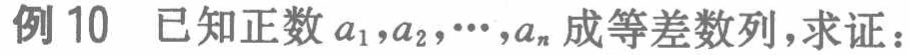
例10 已知正数\(a_{1},a_{2},\cdots,a_{n}\)成等差数列，求证：